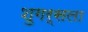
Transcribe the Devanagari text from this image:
शुगर्सला